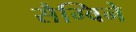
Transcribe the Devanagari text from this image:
सैग्विने